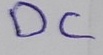
Text: DC